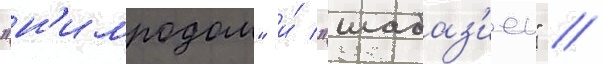
"н'имродом" и́ "шабаз'иеи" //